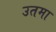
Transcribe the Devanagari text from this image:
उतमा